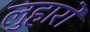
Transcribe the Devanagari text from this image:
लुहारों